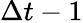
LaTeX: \Delta t-1